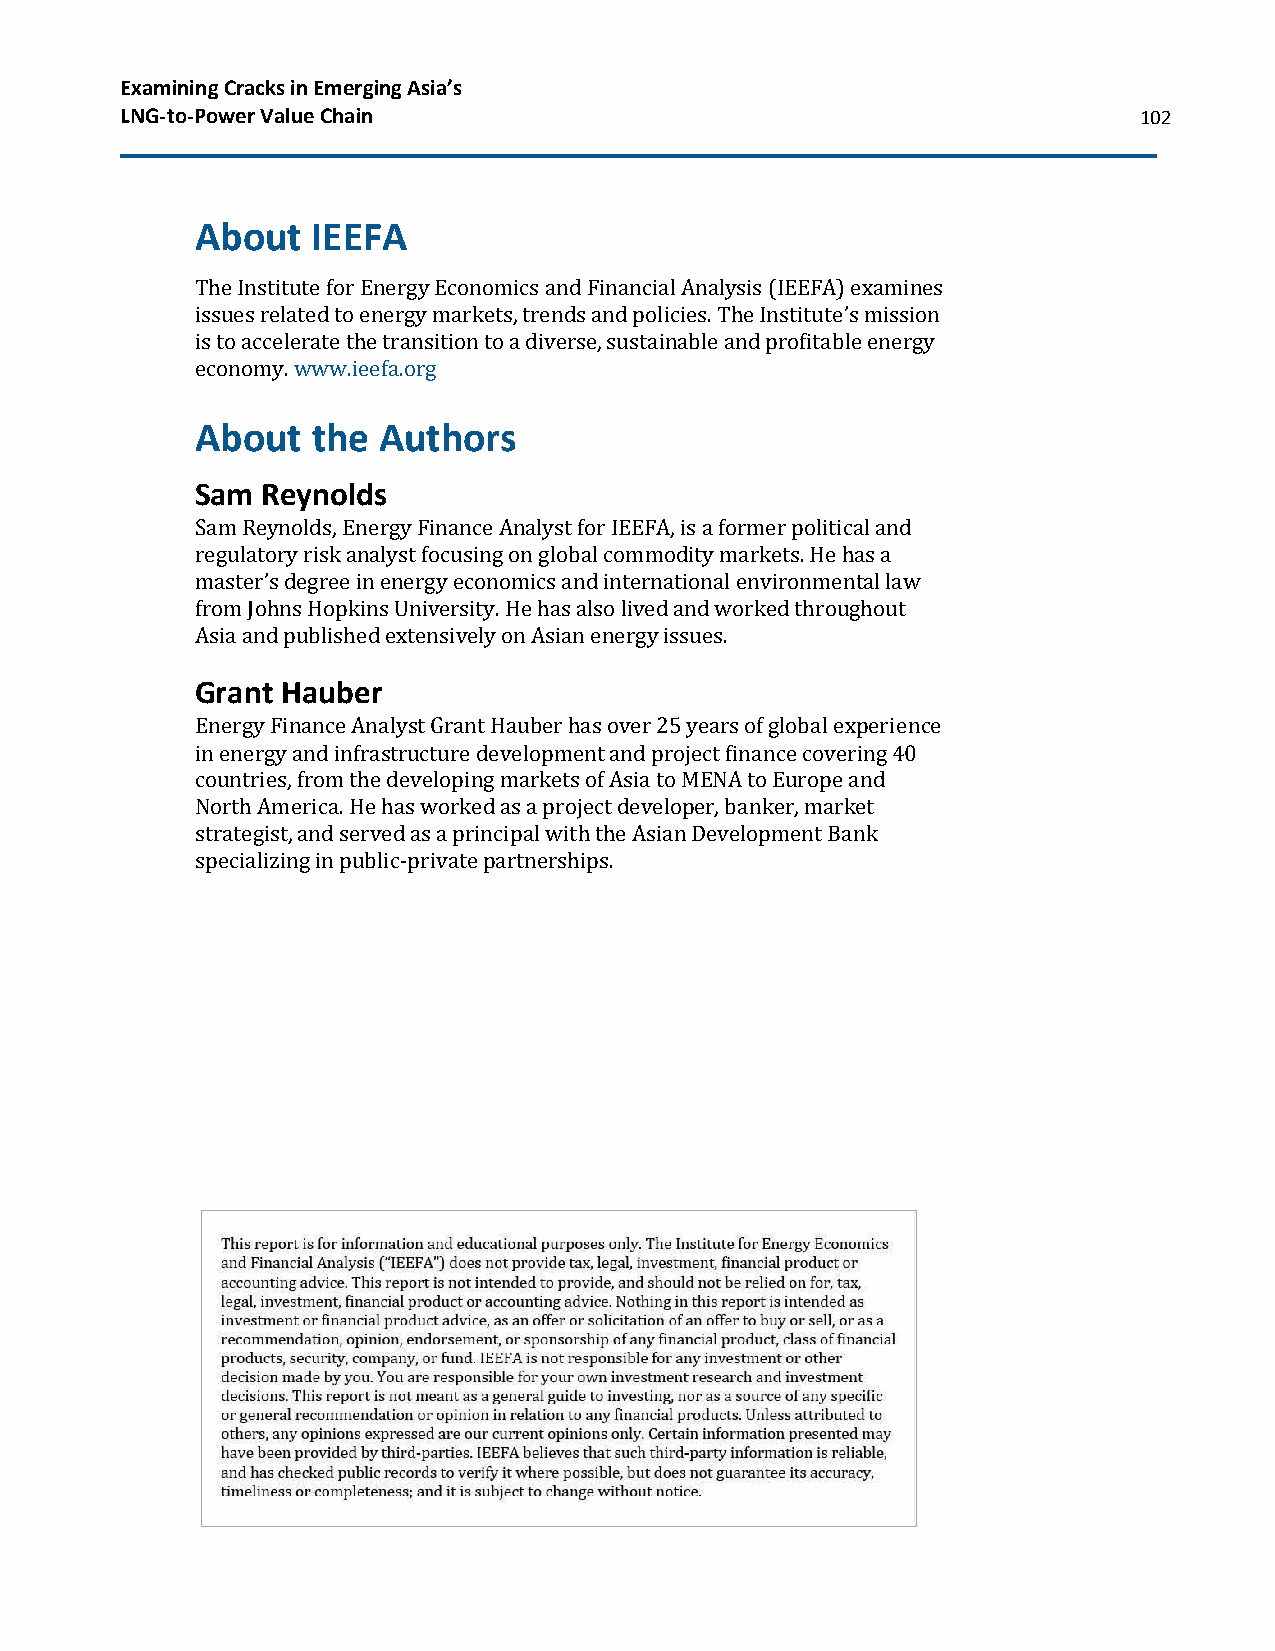
Examining Cracks in Emerging Asia’s
 LNG-to-Power Value Chain                                           102
 About   IEEFA
 The Institute for Energy Economics and Financial Analysis (IEEFA) examines
 issues related to energy markets, trends and policies. The Institute’s mission
 is to accelerate the transition to a diverse, sustainable and profitable energy
 economy. www.ieefa.org
 About   the Authors
 Sam Reynolds
 Sam Reynolds, Energy Finance Analyst for IEEFA, is a former political and
 regulatory risk analyst focusing on global commodity markets. He has a
 master’s degree in energy economics and international environmental law
 from Johns Hopkins University. He has also lived and worked throughout
 Asia and published extensively on Asian energy issues.
 Grant Hauber
 Energy Finance Analyst Grant Hauber has over 25 years of global experience
 in energy and infrastructure development and project finance covering 40
 countries, from the developing markets of Asia to MENA to Europe and
 North America. He has worked as a project developer, banker, market
 strategist, and served as a principal with the Asian Development Bank
 specializing in public-private partnerships.